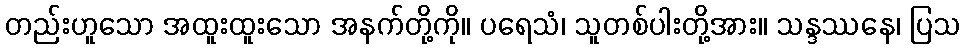
တည်းဟူသော အထူးထူးသော အနက်တို့ကို။ ပရေသံ၊ သူတစ်ပါးတို့အား။ သန္ဒဿနေ၊ ပြသ